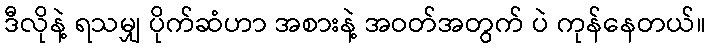
ဒီလိုနဲ့ ရသမျှ ပိုက်ဆံဟာ အစားနဲ့ အဝတ်အတွက် ပဲ ကုန်နေတယ်။